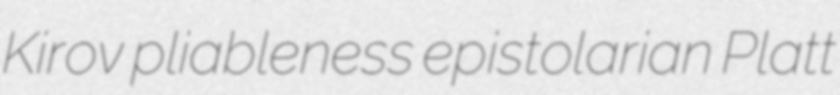
Kirov pliableness epistolarian Platt